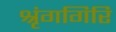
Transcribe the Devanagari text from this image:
श्रृंगगिरि